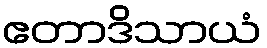
ဧတာဒိသာယံ